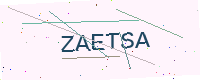
Text: ZAETSA